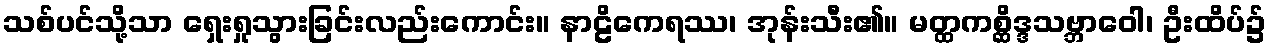
သစ်ပင်သို့သာ ရှေးရှုသွားခြင်းလည်းကောင်း။ နာဠိကေရဿ၊ အုန်းသီး၏။ မတ္ထကစ္ဆိဒ္ဒသဗ္ဘာဝေါ၊ ဦးထိပ်၌